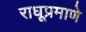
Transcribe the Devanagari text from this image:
राघूप्रमाणे